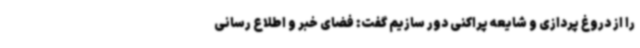
را از دروغ پردازی و شایعه پراکنی دور سازیم گفت: فضای خبر و اطلاع رسانی